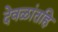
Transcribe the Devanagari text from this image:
देवळांतहि